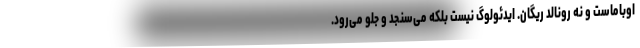
اوباماست و نه رونالد ریگان. ایدئولوگ نیست بلکه می­‌سنجد و جلو می‌رود.